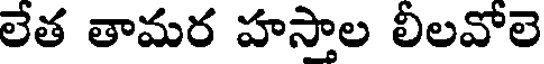
లేత తామర హస్తాల లీలవోలె